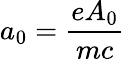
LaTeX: a_{0}=\frac{eA_{0}}{mc}